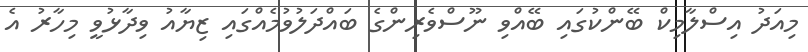
މިއަދު އިސްލާމިކް ބޭންކުގައި ބޭއްވި ނޫސްވެރިންގެ ބައްދަލުވުމެއްގައި ޒިޔާއު ވިދާޅުވީ މިހާރު އެ